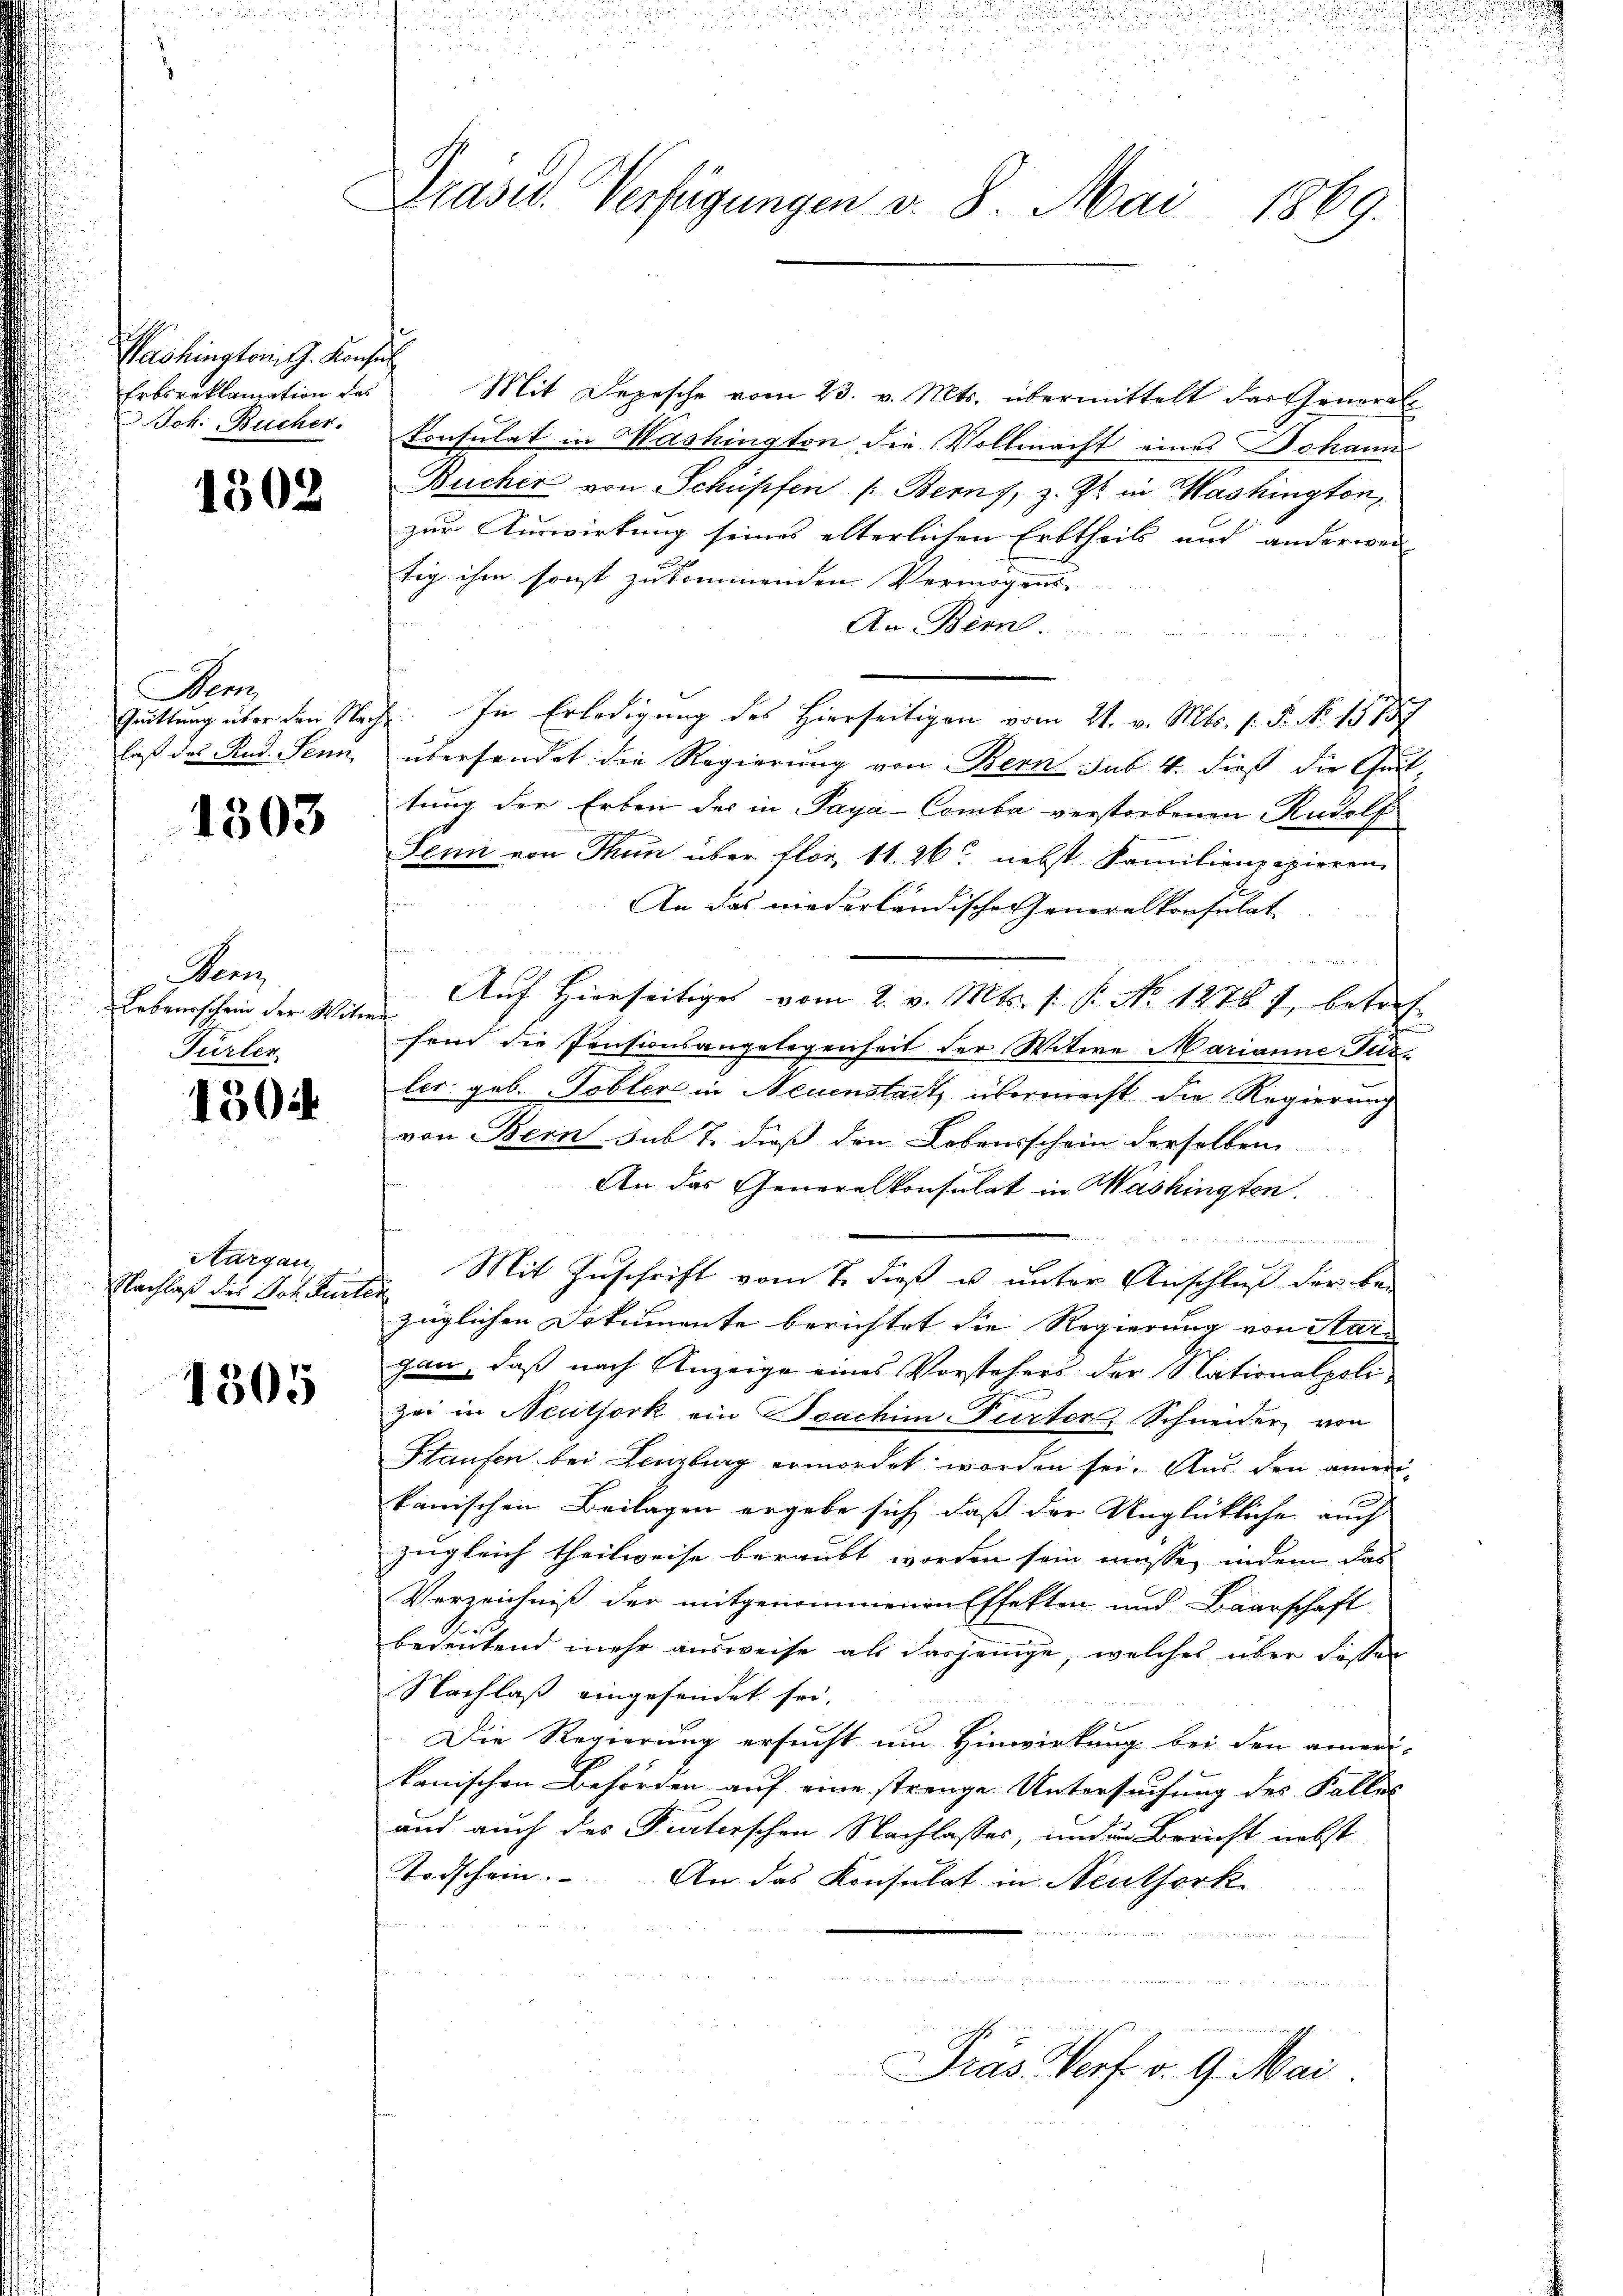
Washington J. Konsul
Erbsreklamation des
Joh. Bücher.

1302

Fenz

1303

Penn
Bebaurschein der Mitwir
Fürler

1504

Aargau,
Nachlaß des Joh. Karten

1305

Präsid. Verfügungen v. 8. Mai 1869.

Mit Depesche vom 23. v. Mts. übermittelt das General-
Consulat in Washington die Vollmacht eines Johann
Bucher von Schüssen /: Berns, z. Zt. in Washington,
zur Auswirkung seines alterlichen Erbtheils und anderwei
tig ihm sonst zukommenden Vermögens
An Bern.
Quittung über den Nacht. In Erledigung des Hierseitigen vom 21. v. Mts. f. P. No. 1873
laß des Rud. Senn, übersendet die Regierung von Bern sub. 4. dieß die Geil
tung der Erben des in Paya-Comba verstorbenen Rudolf
Senn von Thun über flor 11. 20. nebst Familienpapieren
An das niederländische Generalkonsulat
Auf hierseitiges vom 2. v. Mts. s. B. No 12787, betreffend die Pensionsangelegenheit der Witwe Marianne Turler geb. Tobler in Neuenstaitz übermacht die Regierung
von Bern sub 7. dieß den Lebensschein derselben
An das Generalkonsulat in Washingten.
du test der den den hatten werden seits
Mit Zuschrift vom 7. dieß u unter Anschluß der be-
züglichen Dokumente berichtet die Regierung von Margan, daß nach Anzeige eines Vorstehers der Nationalpolizei in Neutjork ein Beachim-Turter, Schneider von
Haufen bei Lenzburg ermordet worden sei. Aus den amen-
kanischen Beilagen ergebe sich, daß der Unglückliche auch
zugleich theilweise beraubt worden sein müsse, indem das
Verzeichniß der mitgenommenen Effekten und Baarschaft
bedeutend mehr ausweise als dasjenige, welches über dessen
Nachlaß eingesendet sei.
Die Regierung ersucht um Hinwirkung bei den ameri-
kanischen Behörden auf eine strenge Untersuchung des Falles
und auch des Furterschen Nachlasses, und in Bericht nebst
Todschein.
An das Konsulat in Neuthork

un
er

Präs. Verf. v. 9. Mai